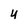
Character: 4